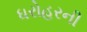
ધરોહરની